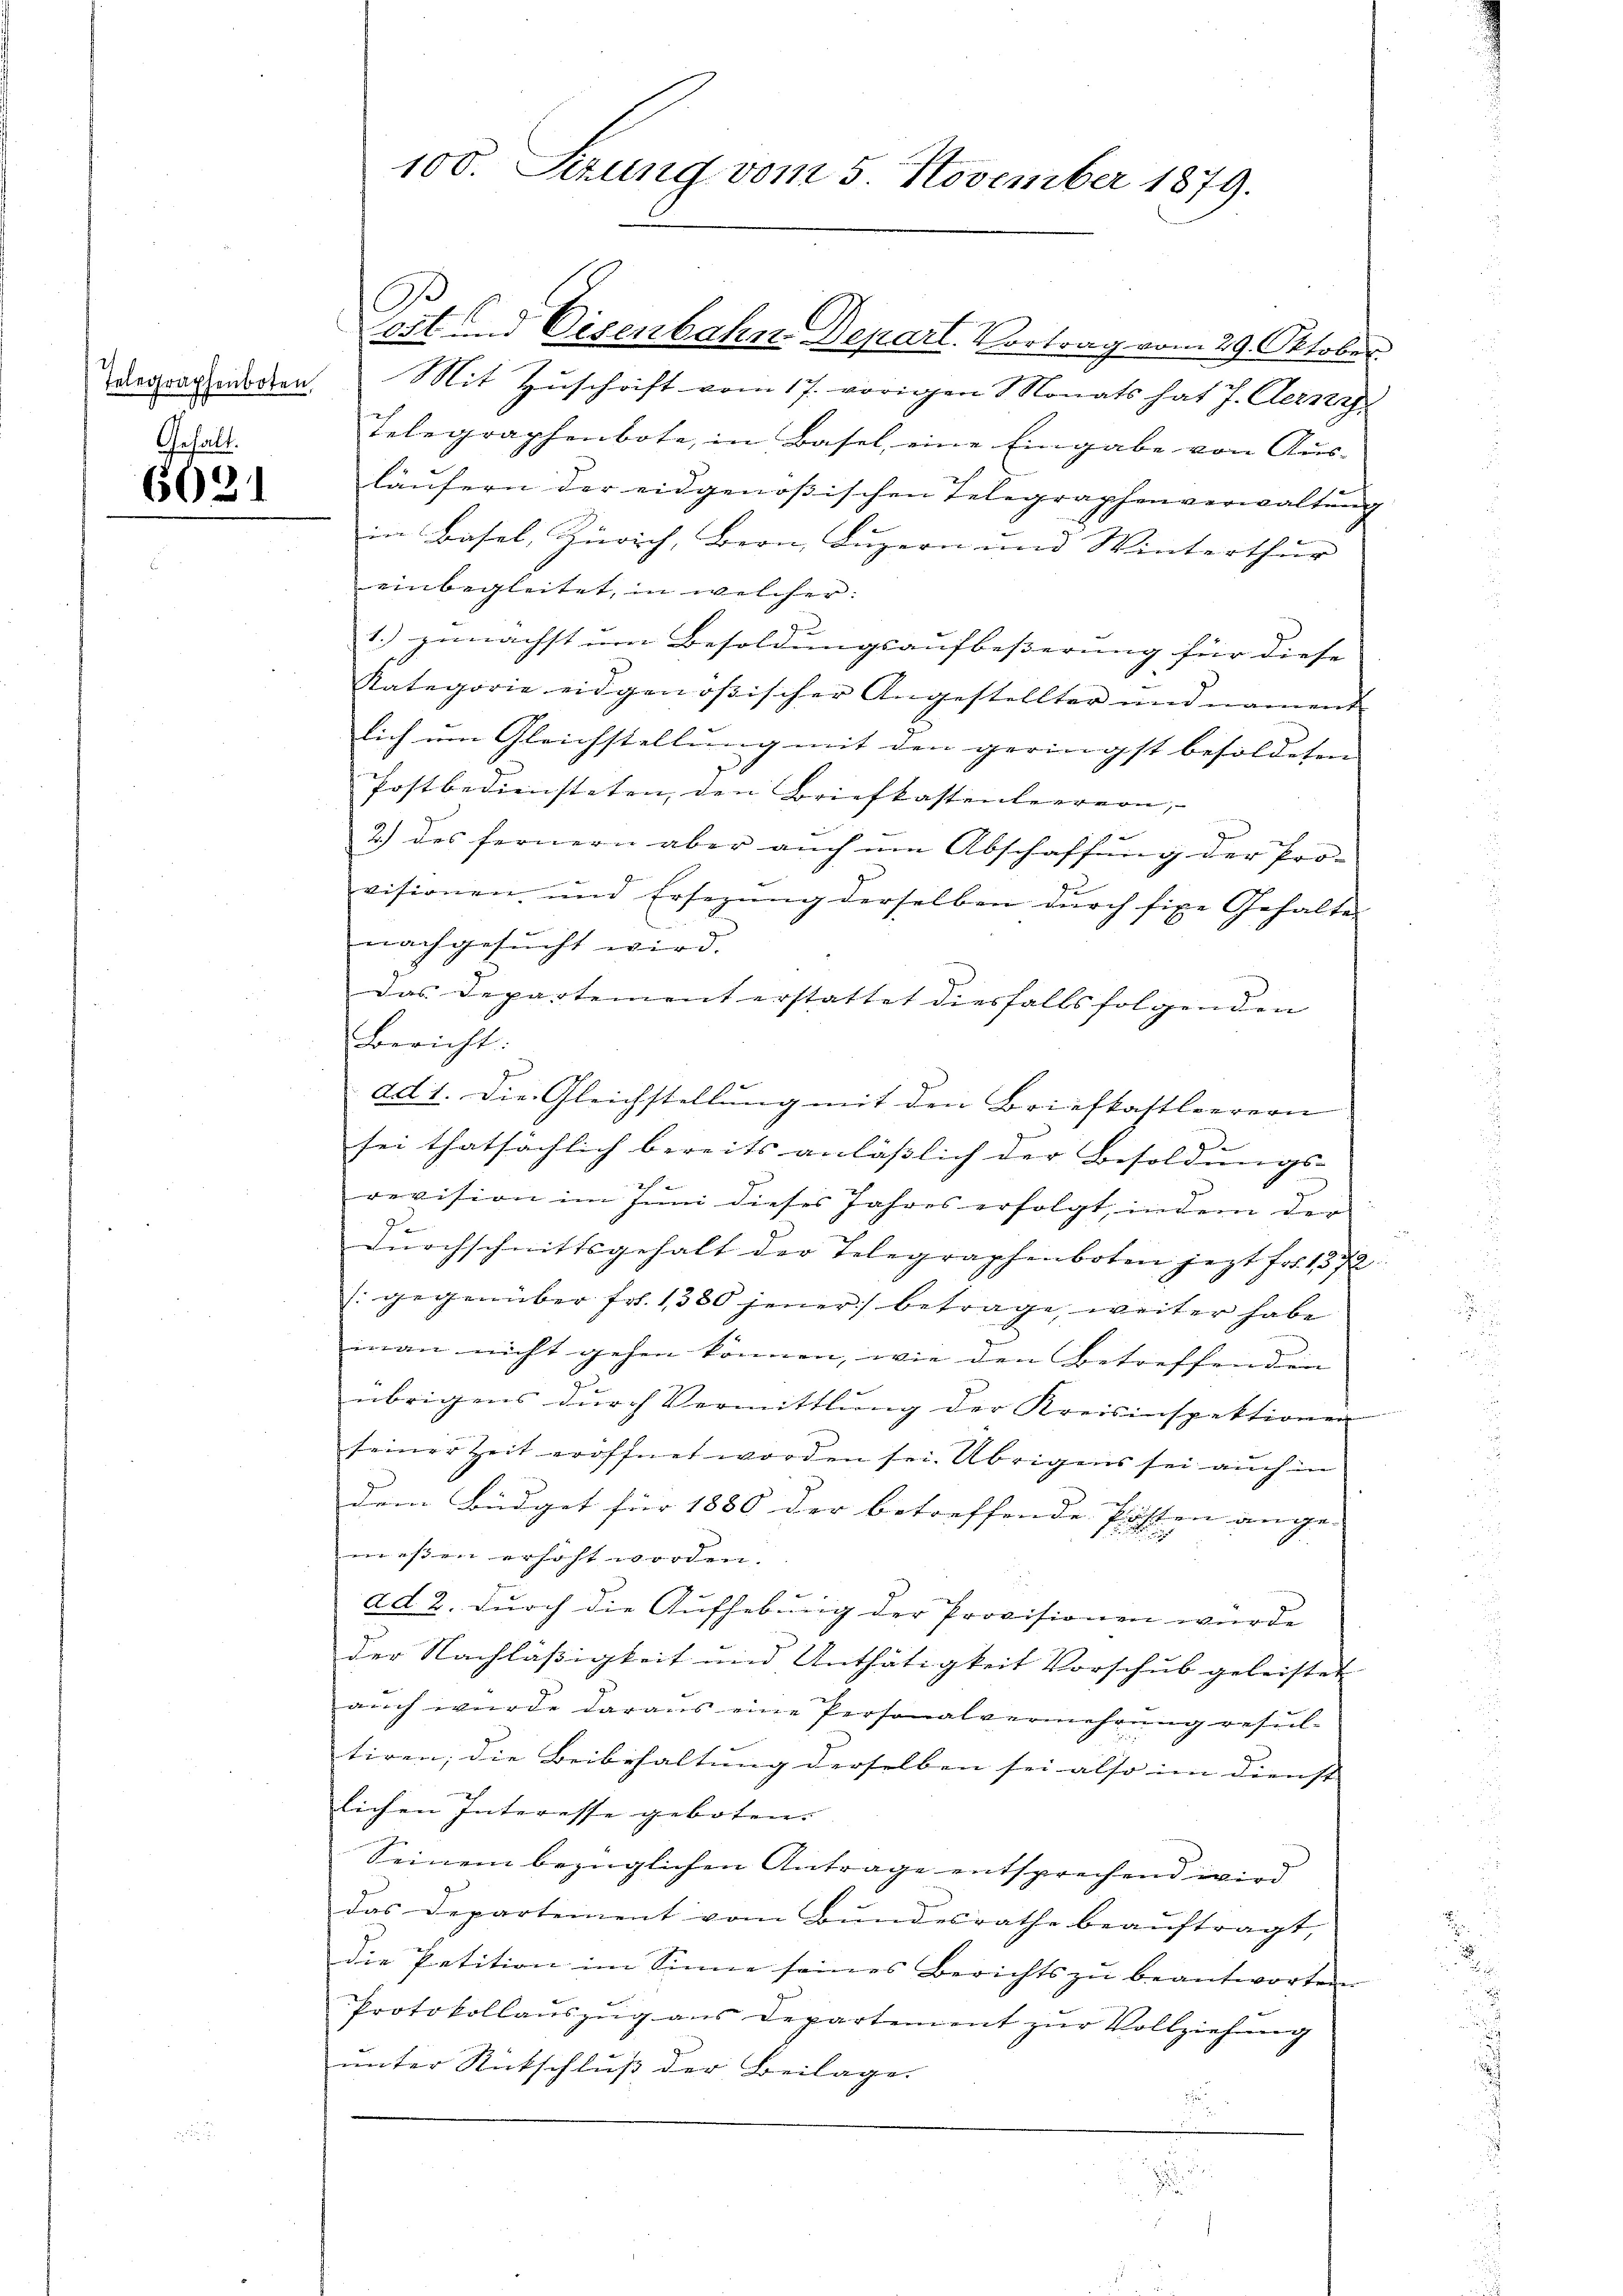
Gehalt.

6021

Sist und Eisenbahn Depart. Vortrag vom 29. Oktober
derragenden Mit Zuschrift vom 17. vorigen Monats hat J. Cerny
Telegraphenbote, in Basel, eine Eingabe von Aus-
läufern der eidgenössischen Telegraphenverwaltung
in Basel, Zürich, Bern, Luzern und Winterthur
einbegleitet, in welcher:
1.) zunächst um Besoldungsaufbeßerung für diese
Kategorie eidgenössischer Angestellter und nament
J.
lich um Gleichstellung mit den geringst besoldeten
Postbediensteten, den Briefkastenleerern,
2.) das fernern aber auch um Abschaffung der Pro-
visionen, und Ersezung derselben durch fixe Gehalte
nachgesucht wird.
Das Departement erstattet diesfalls folgenden
Bericht:
ad 1. Die Gleichstellung mit den Briefkastlerern
sei thatsächlich bereits anlässlich der Besoldungs-
revision im Juni dieses Jahres erfolgt, indem der
Dŭrchschnittsgehalt der Telegraphenboten jezt für 1572
[gegenüber fr. 1380 jener) betrage, weiter habe
man nicht gehen können, wie den Betreffenden |
übrigens durch Vermittlung der Kreisinspektionen
seiner Zeit eröffnet worden sei. Übrigens sei auch in
dem Büdget für 1880 der betreffende Posten ange- |
meßen erhöht worden. |
ad 2. durch die Aufhebung der Provisionen würde
der Nachläßigkeit und Anthätigkeit Vorschub geleistet
auch würde daraus eine Personalvermehrung resul-
tiren; die Beibehaltung derselben sei also im Dienst
lichen Interesse geboten.
Seinem bezüglichen Antrage entsprechend wird
das Departement vom Bundesrathe beaŭftragt,
die Petition im Sinne seines Berichts zŭ beantworten
Protokollauszug aus Departement zur Vollziehung
unter Rückschluß der Beilage.

100. Sizung vom 5. November 1879.